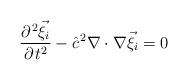
\begin{align*}\frac{\partial^{{\kern 1pt}2}{\vec \xi}_i}{\partial{\kern 1pt}t^2} - {\hat c}^{{\kern 1pt}2}\nabla\cdot \nabla {\vec \xi}_i = 0\end{align*}